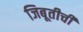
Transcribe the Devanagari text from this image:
जिबूतीची